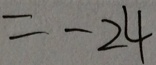
= - 2 4